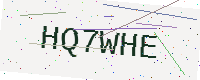
Text: HQ7WHE